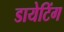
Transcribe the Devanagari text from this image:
डायेटिंग